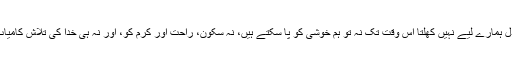
جب تک ان کا دل ہمارے لیے نہیں کھلتا اس وقت تک نہ تو ہم خوشی کو پا سکتے ہیں، نہ سکون، راحت اور کرم کو، اور نہ ہی خدا کی تلاش کامیاب ہو سکتے ہیں۔